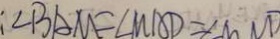
\angle B A M = \angle M A D = \angle M N D